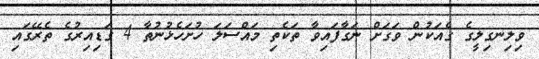
ވިލިނގިލީގެ ގެއަކުން ވަގަށް ނަގާފައިވާ ތަކެތި މައްސަލަ ހުށަހެޅުނުތާ 4 ގަޑިއިރުގެ ތެރޭގައި